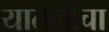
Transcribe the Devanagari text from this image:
यातनांचा